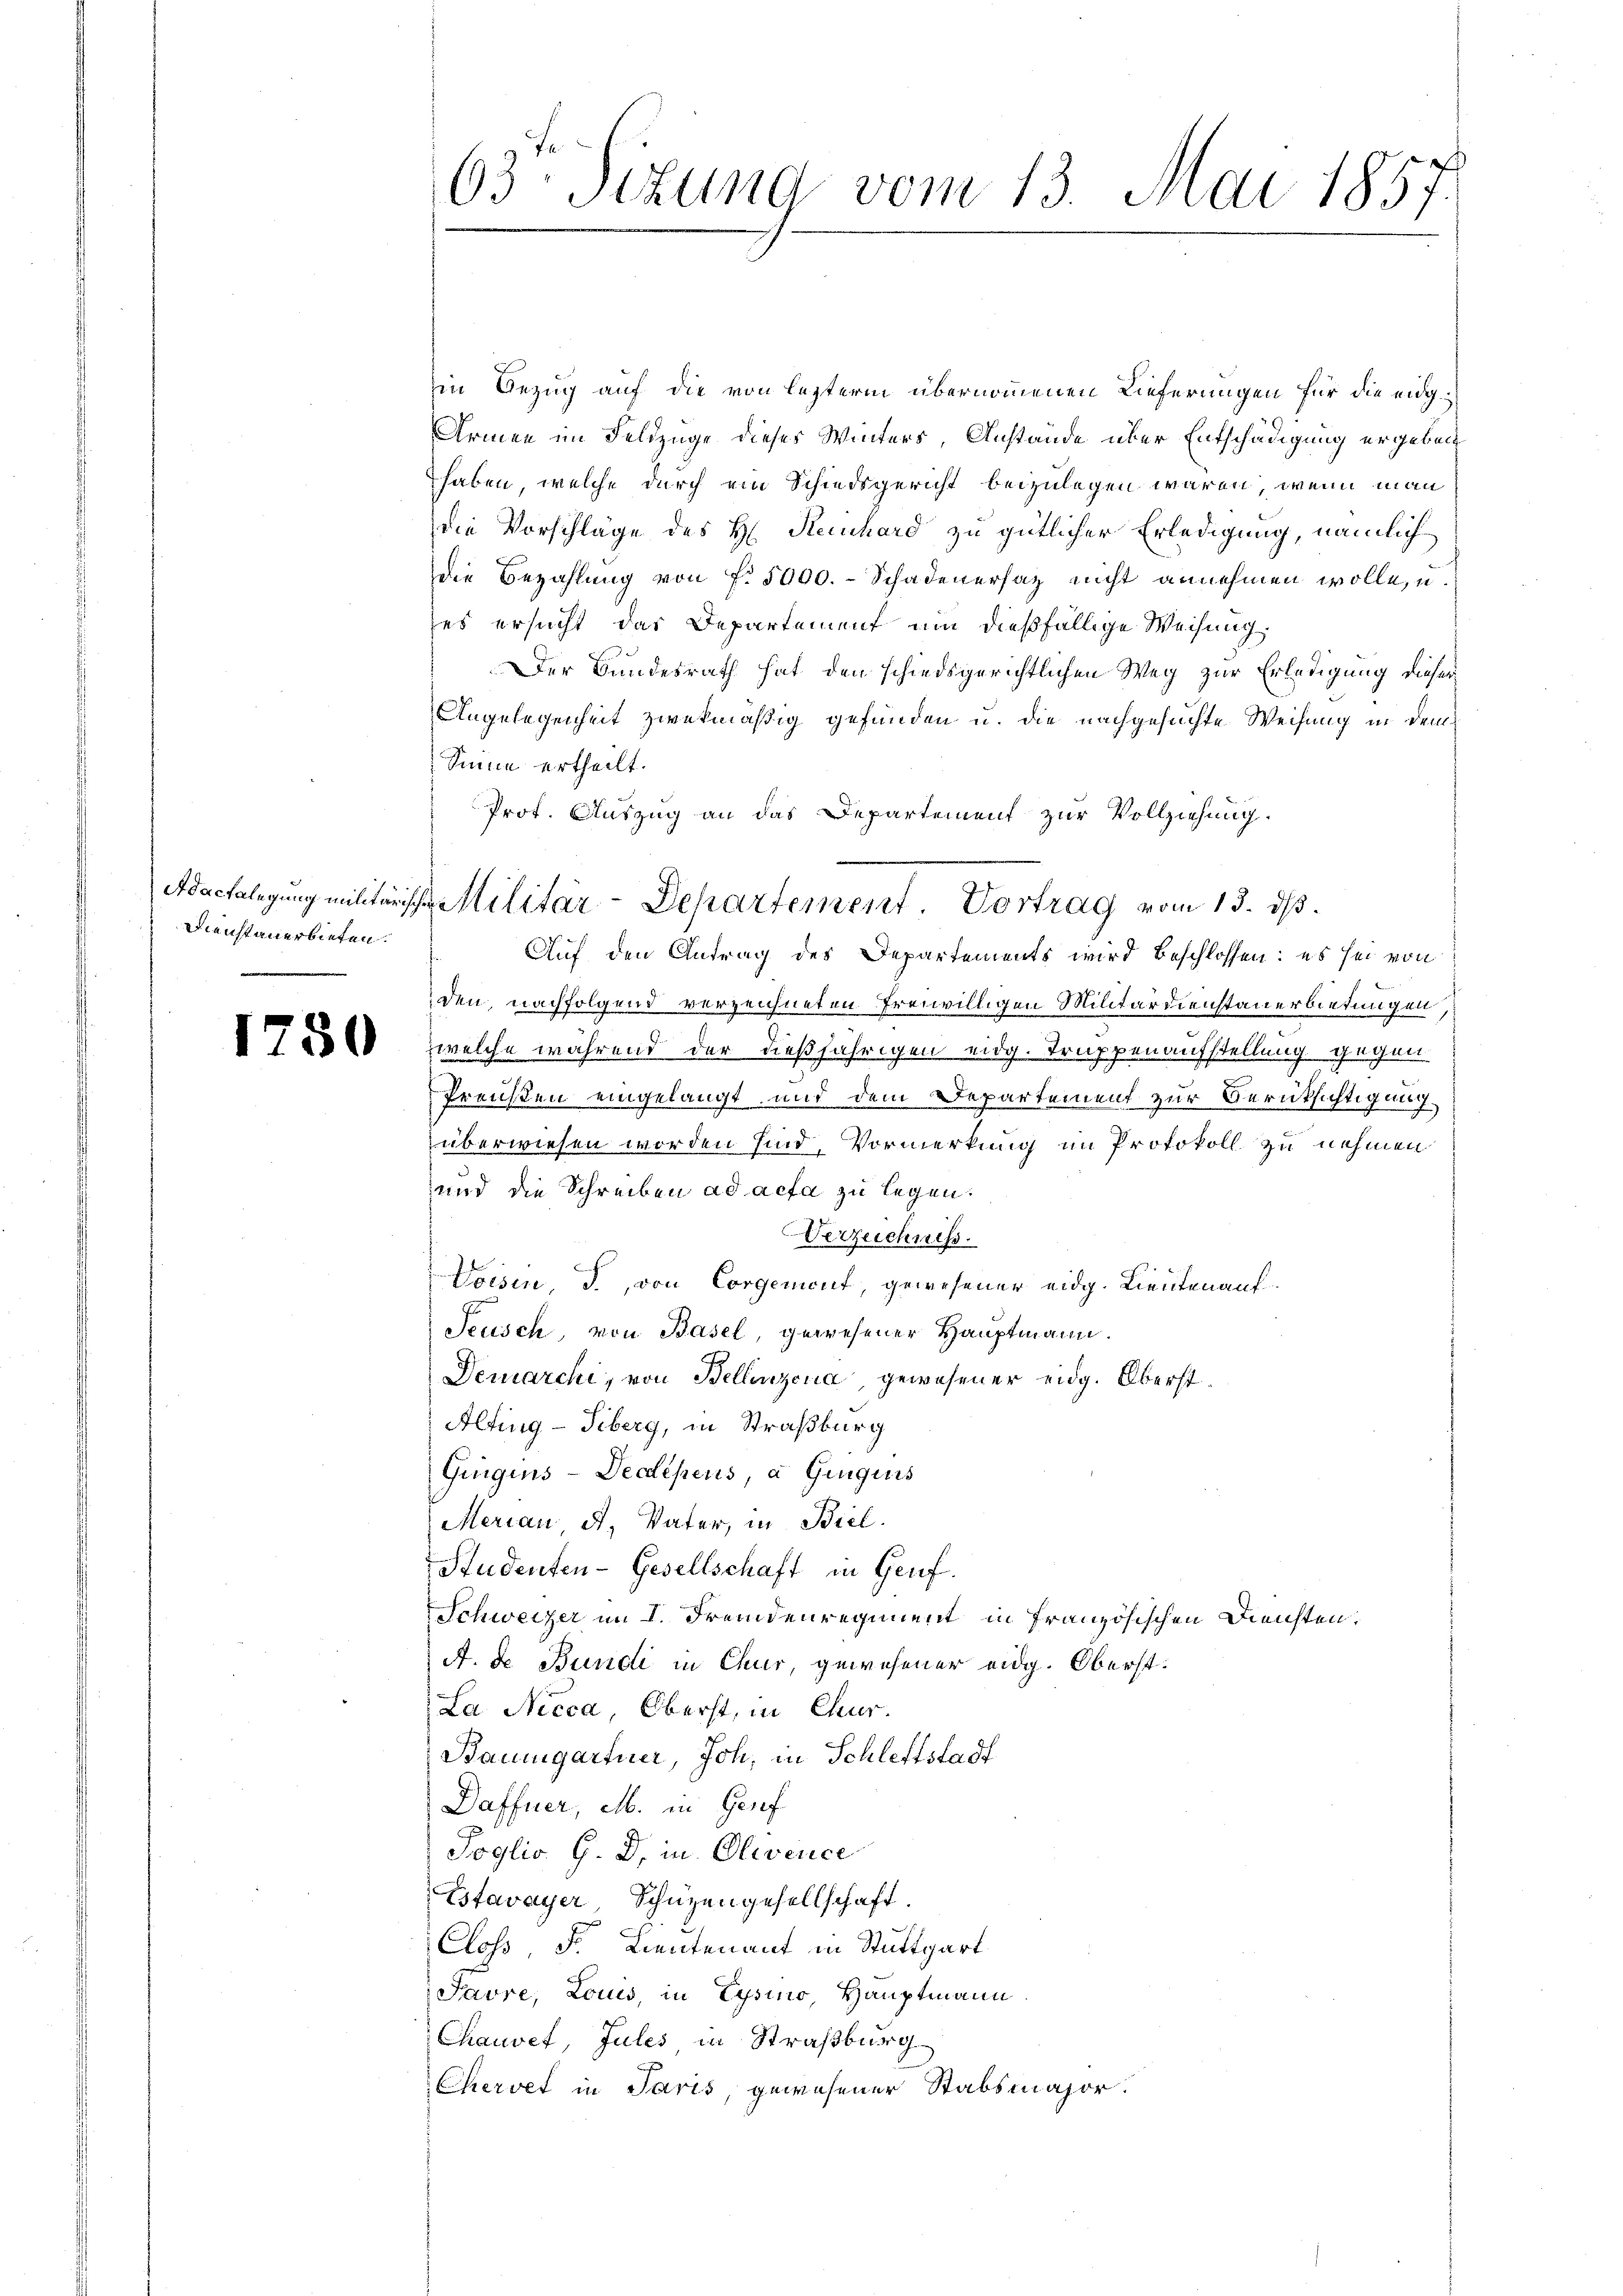
Dienstanerbieten.

1750

63te Sitzung vom 13. Mai 1857.

Adacklegung mitterische Militär-Departement. Vortrag vom 13. ds.

in Bezug auf die von lezterm übernommenen Lieferungen für die eig¬
Armen im Feldzüge dieses Winters, Anstände über Entschädigung ergeben
haben, welche durch ein Schiedsgericht beizulegen wären, wenn man
die Vorschläge des H. Reinhard zu gütlicher Erledigung, nämlich
die Bezahlung von f. 5000.- Schadenersatz nicht annehmen wolle, u.
es ersucht das Departement um dießfällige Weisung
Der Bundesrath hat den schiedsgerichtlichen Weg zur Erledigung dieser
Angelegenheit zwekmäßig gefunden u. die nachgesuchte Weisung in dem
Seine ertheilt.
Prot. Auszug an das Departement zur Vollziehung.
Auf den Antrag des Departements wird beschlossen: es sei von
den, nachfolgend verzeichneten freiwilligen Militärdienstauerbietungen
welche während der dießjährigen eidg. Truppenaufstellung gegen
Preußen eingelangt und dem Departement zur Berücksichtigung
überwiesen worden sind, Vormerkung im Protokoll zu nehmen
und die Schreiben ad acta zu legen.
Verzeichniss.
Voisin d., von Corgement, gewesener eidg. Lieutenauf¬
Seusch, von Basel, gewesener Hauptmann.
Demarchi, von Bellinzona, gewesener eidg. Oberst¬
Alting - Tiberg, in Straßburg
Gingins-Decépens, a Ginquis
Merian, d. Vater, in Biel
Studenten-Gesellschaft in Genf.
Schweizer im I. Fremdenregiment in französischen Diensten.
A. de Bundi in Chur, gewesener eidg. Oberst.
La. Nicca, Oberst, in Chur.
Baumgartner, Joh. in Schleftstadt
Daffner, M. in Genf
Poglio G. B. in Olivence
Estavayer, Schüzengesellschaft.
Closs, Fr. Lieutenant in Stuttgart
Favre, Louis, in Gysino, Hauptmann
Chausef, Jules in Straßburg
Chervet in Paris, gewesener Stabsmajor.